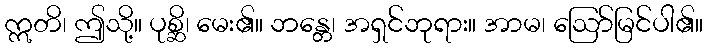
ဣတိ၊ ဤသို့။ ပုစ္ဆိ၊ မေး၏။ ဘန္တေ၊ အရှင်ဘုရား။ အာမ၊ ဩော်မြင်ပါ၏။